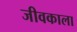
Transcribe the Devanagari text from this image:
जीवकाला